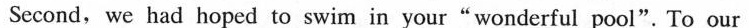
Second, we had hoped to swim in your"wonderful pool". To our